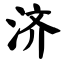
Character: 济